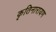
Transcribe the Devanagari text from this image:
कृतिनारायण